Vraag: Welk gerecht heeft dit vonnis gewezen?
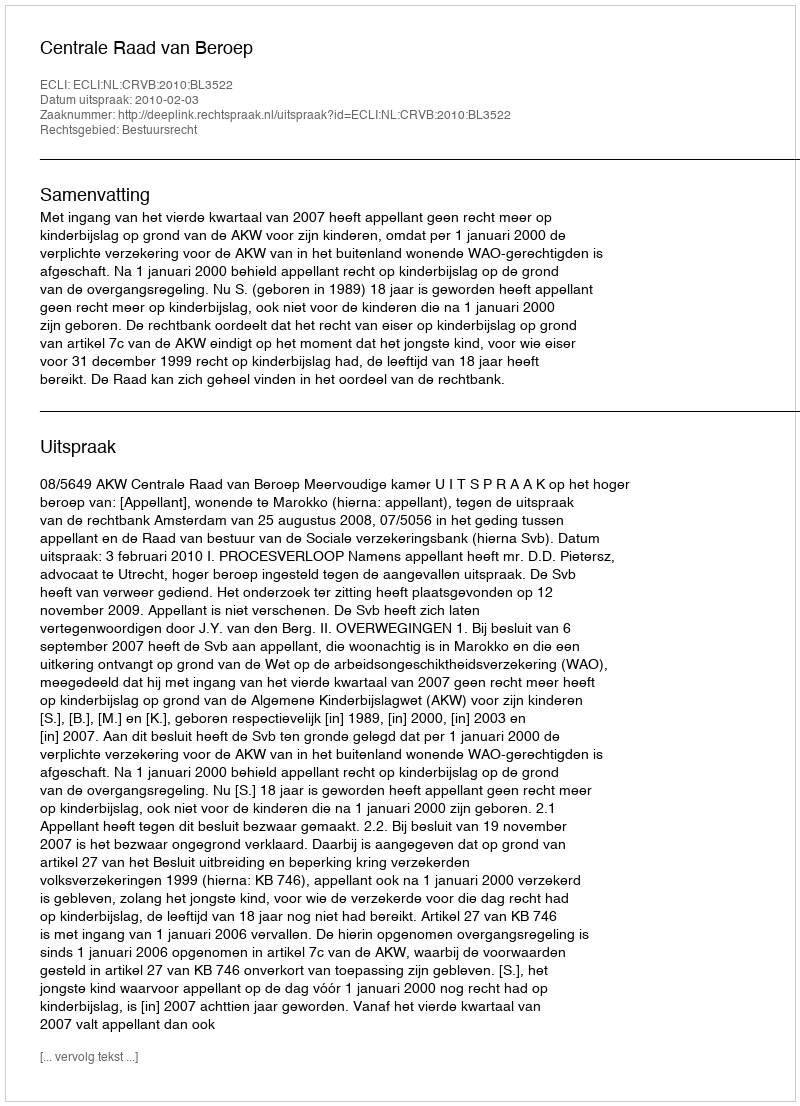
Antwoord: Centrale Raad van Beroep